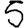
Digit: 5